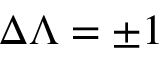
\Delta \Lambda = \pm 1